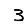
Digit: 3